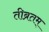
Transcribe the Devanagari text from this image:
तीब्रतम्